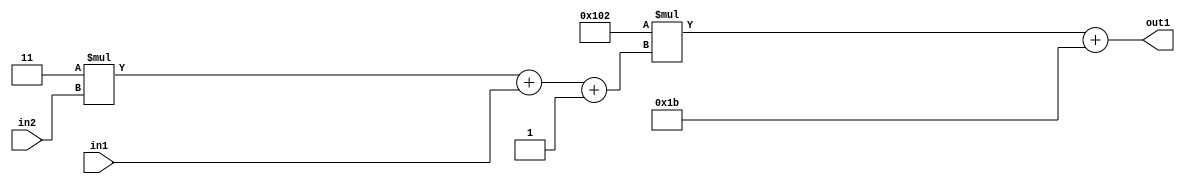
`timescale 1ps / 1ps
/*****************************************************************************
    Verilog RTL Description
    
    
    Created by: Stratus DpOpt 2019.1.01 
*******************************************************************************/

module DC_Filter_Add2i27Mul2i258Add3i1u1Mul2i3u2_4 (
	in2,
	in1,
	out1
	); /* architecture "behavioural" */ 
input [1:0] in2;
input  in1;
output [11:0] out1;
wire [11:0] asc001;
wire [3:0] asc002;

wire [3:0] asc002_tmp_0;
wire [3:0] asc002_tmp_1;
assign asc002_tmp_1 = 
	+(4'B0011 * in2);
assign asc002_tmp_0 = asc002_tmp_1
	+(in1);
assign asc002 = asc002_tmp_0
	+(4'B0001);

wire [11:0] asc001_tmp_2;
assign asc001_tmp_2 = 
	+(12'B000100000010 * asc002);
assign asc001 = asc001_tmp_2
	+(12'B000000011011);

assign out1 = asc001;
endmodule

/* CADENCE  vrP3TQg= : u9/ySgnWtBlWxVPRXgAZ4Og= ** DO NOT EDIT THIS LINE ******/